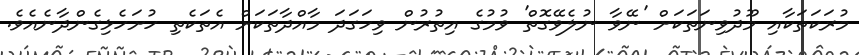
މުރަކަތަކާއި މޫދުވިނަތަކަށް 'ނޭވާ ނުލެވޭގޮތް' ވުމުގެ އިތުރުން ވިހަގަދަ މާއްދާތަކަށް އެތަކެތި ހުށަހެޅިގެންދާނެއެވެ.